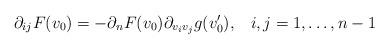
LaTeX: \begin{align*}\partial_{ij} F(v_0) = -\partial_n F(v_0) \partial_{v_iv_j} g(v_0'),\;\;\; i,j =1,\ldots, n-1\end{align*}